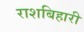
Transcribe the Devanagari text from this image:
राशबिहारी